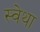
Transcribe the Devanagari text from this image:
स्वेथा